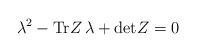
LaTeX: \begin{align*}\lambda^2 - \mbox{Tr} Z \, \lambda +\mbox{det}Z =0 \end{align*}